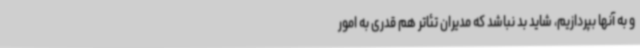
و به آنها بپردازیم، شاید بد نباشد که مدیران تئاتر هم قدری به امور